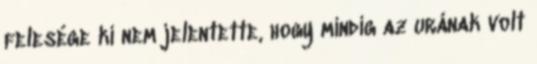
felesége ki nem jelentette, hogy mindig az urának volt